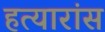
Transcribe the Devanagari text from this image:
हत्यारांस